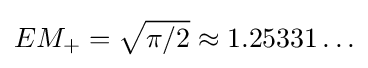
EM_{+}={\sqrt {\pi /2}}\approx 1.25331\ldots